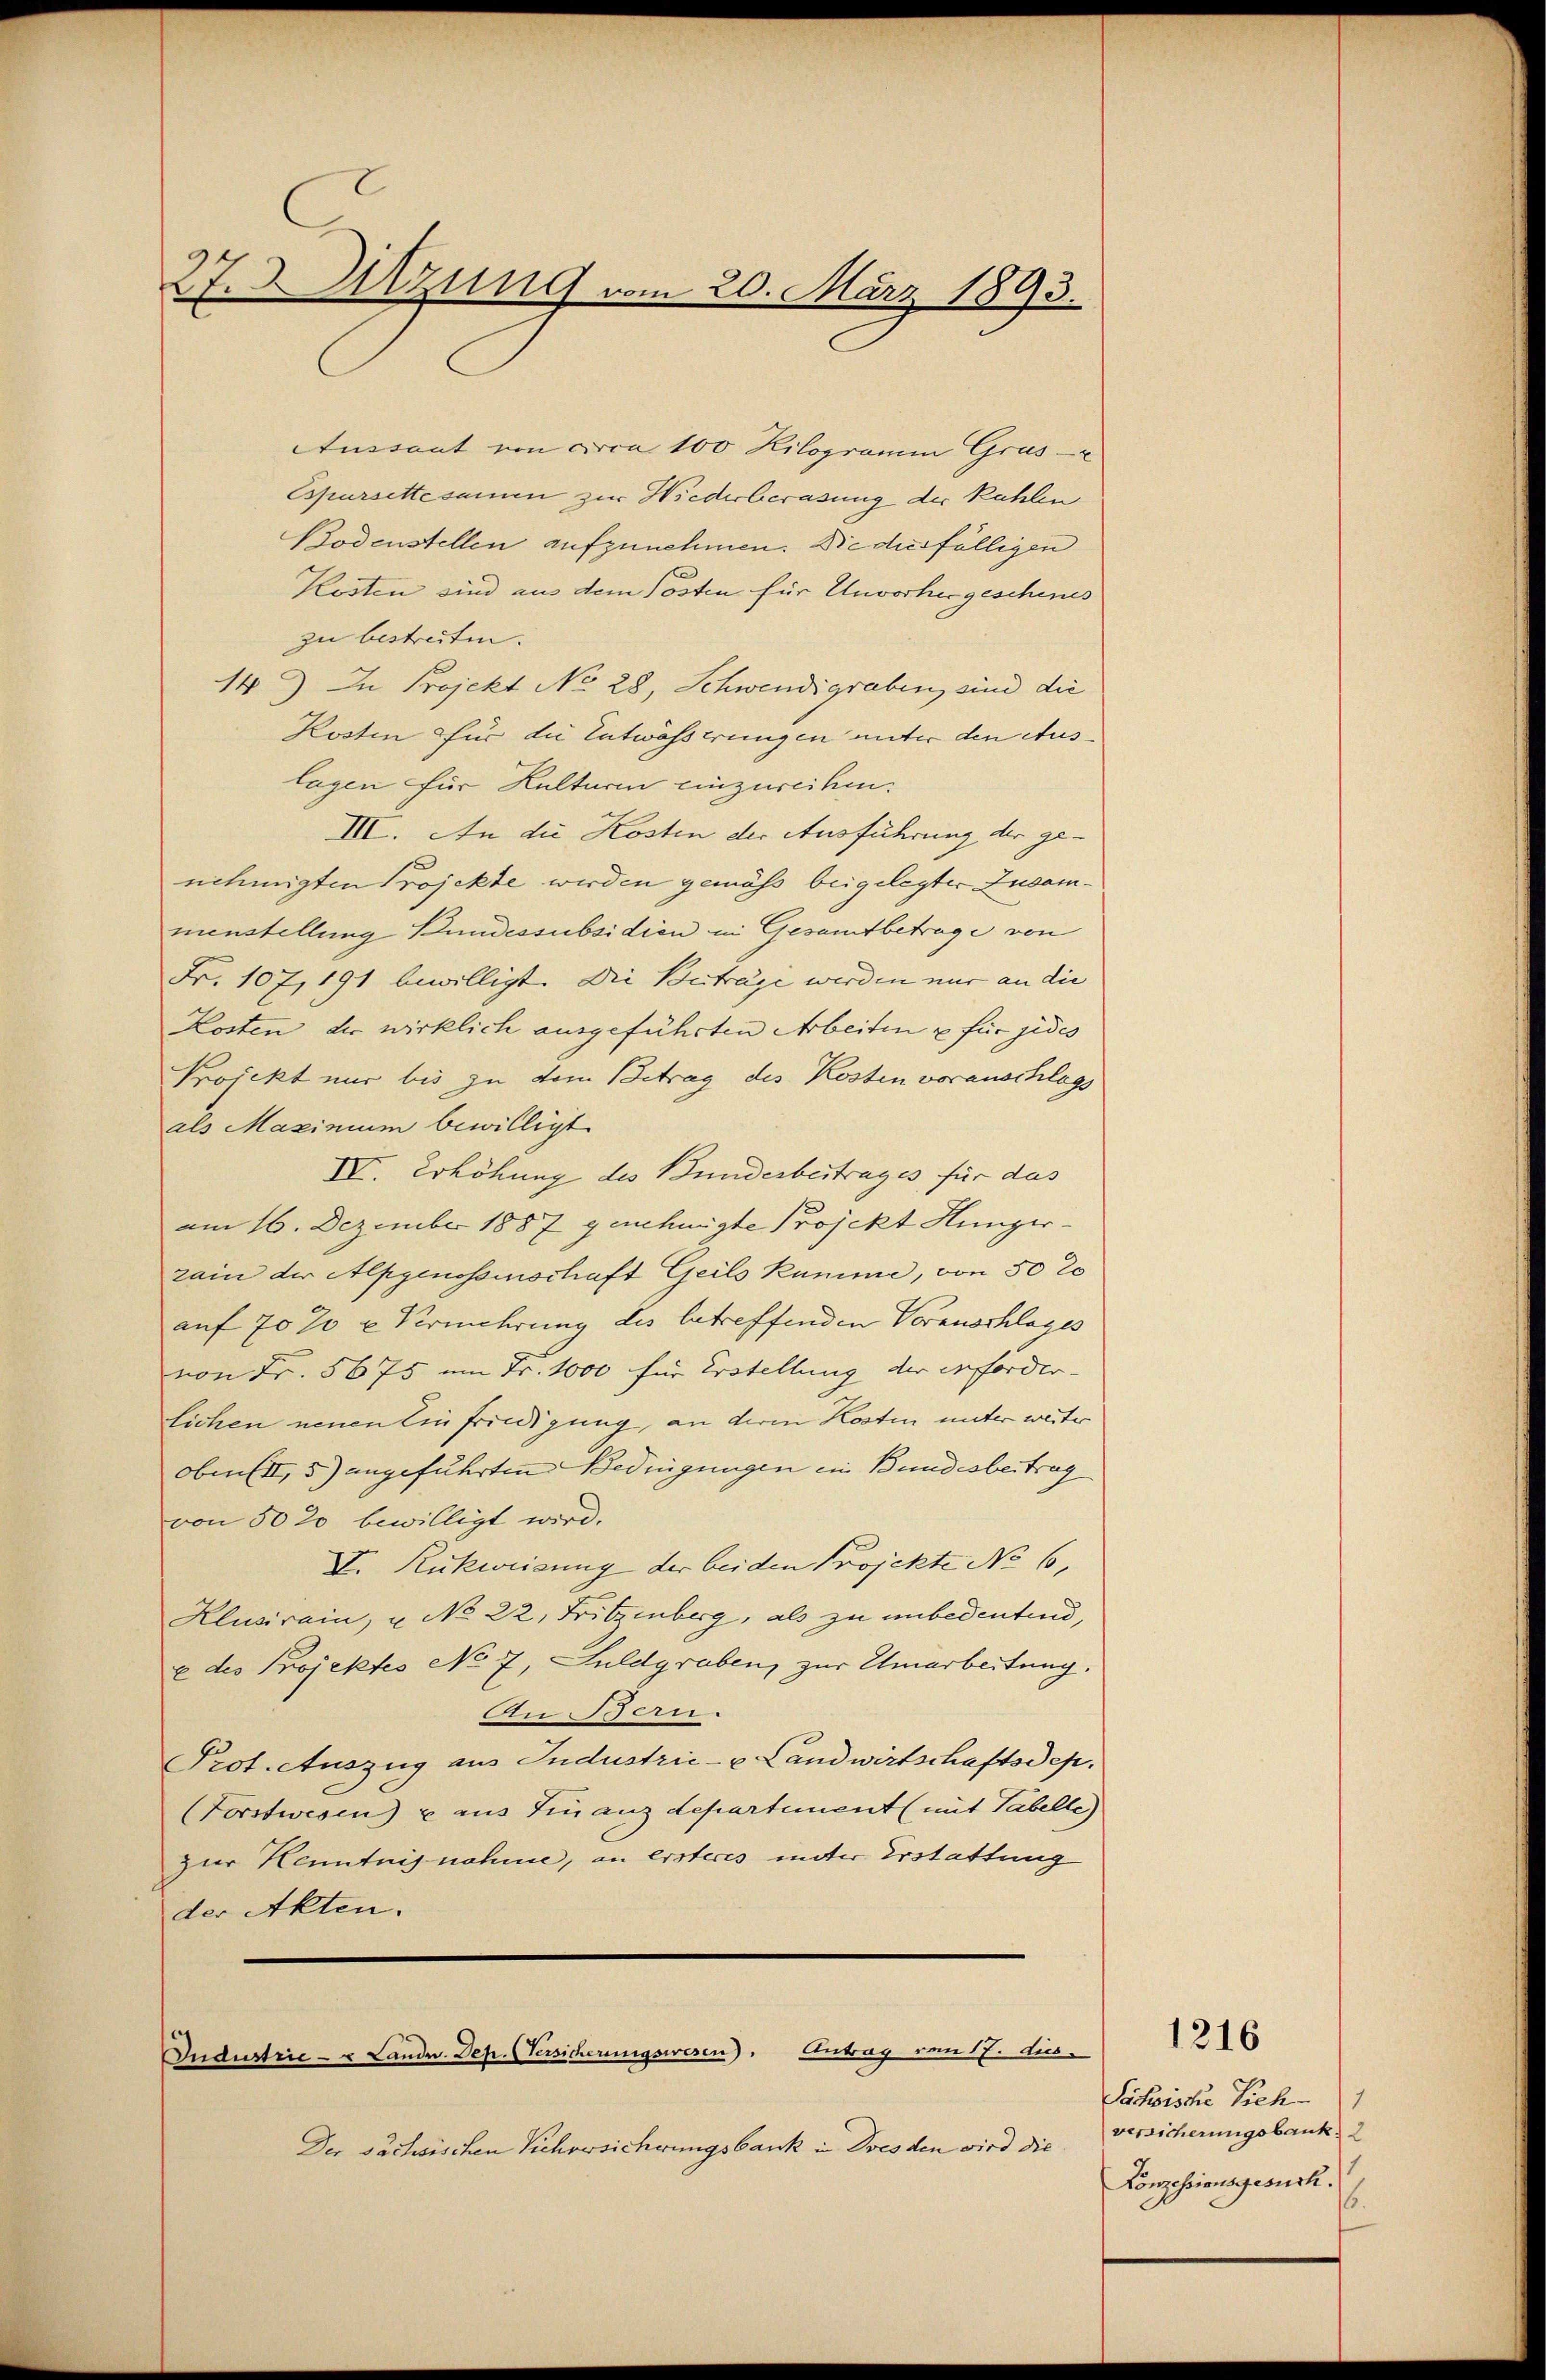
27. Sitzung vom 20. März 1893.

Aussant von circa 100 Kilogramm Grus
Espursette samen zur Wiederberasung der kühlen
Bodenstellen aufzunehmen. Die diesfälligen
Kosten sind aus dem Posten für Unvorhergeschens
zu bestreiten. |
14) In Projekt No 28, Schwendi graben, sind die
Kosten für die Entwässerungen unter den Auslagen für Kulturen einzureihen.
III. An die Kosten der Ausführung der genehmigten Projekte werden gemäss beigelegter Zusammenstellung Bundessubsidien in Gesamtbetrage von
Fr. 107, 191 bewilligt. Die Beiträge werden nur an die
Kosten, der wirklich ausgeführten Arbeiten u für jedes
Projekt nur bis zu dem Betrag des Kosten voranschlags
als Maxinium bewilligt
IV. Erhöhung des Bunderbeitrages für das
am 16. Dezember 1887 genehmigte Projekt Hungerrain der Alpgenossenschaft Geils Kumme, von 50 20
auf 70 % u. Vermehrung des betreffenden Vorausschlages
von Fr. 5675 am Fr. 1000 für Erstellung der erforder
lichen neuen Einfriedigung, an deren Kosten unter weiter
oben (III, 5) angeführten Bedingungen ein Bundesbeitrag
von 50 20 bewilligt wird.
V. Rückweisung der beiden Projekte No 6.
Klusirain, u No 22. Fritzenberg, als zu unbedentend,
x des Projektes No 7, Suldgraben, zur Umarbeitung.
An Bern.
Prot. Auszug aus Industrie- u Landwirtschaftsdep
(Torstwesen u aus Finanzdepartement (mit Tabelle)
zur Kenntnisnahme, an ersteres unter Erstattung
der Akten.

Industrie - u Lande. Dep. (Versicherungswesen). Antrag von 17. dies

Der Dachsischen Sichversicherungsbank in Dresden wird die

1216

Sachsische Sich
versicherungsbank
Konzessionsgesuch.
.